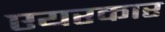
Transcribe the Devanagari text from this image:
एयरकार